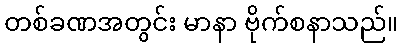
တစ်ခဏအတွင်း မာနာ ဗိုက်စနာသည်။